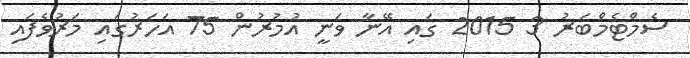
ސެމްޓެމްބަރު 3 2015 ގައި އޭނާ ވަނީ އުމުރުން 75 އަހަރުގައި މަރުވެފައި